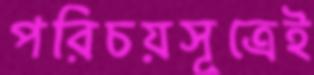
পরিচয়সূত্রেই